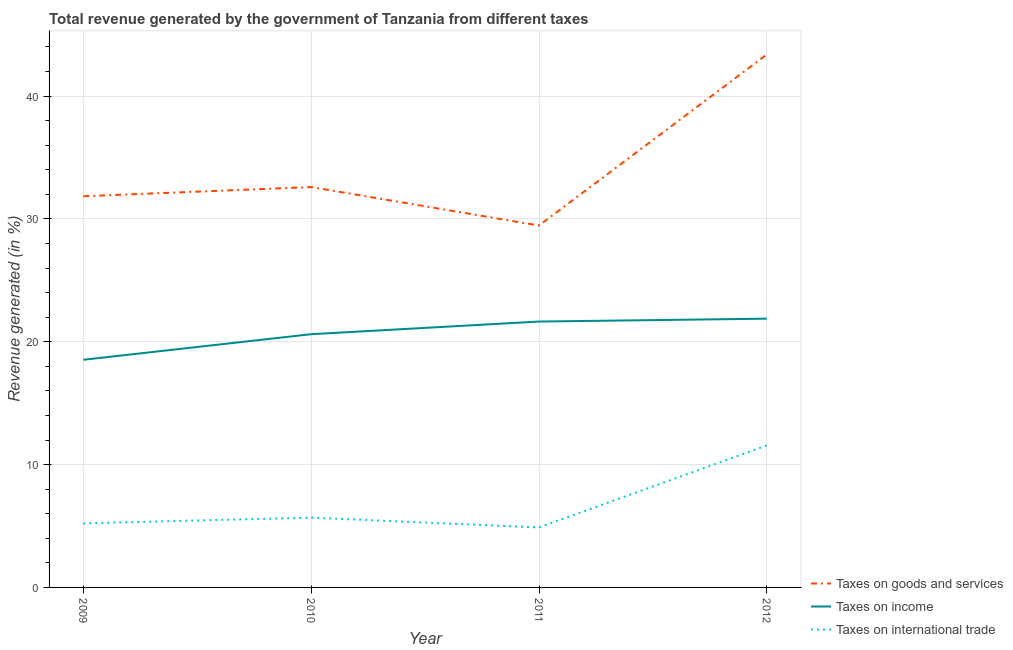
| Year | Taxes on goods and services | Taxes on income | Taxes on international trade |
 | --- | --- | --- | --- |
 | 2009 | 31.8 | 18.5 | 5.22 |
 | 2010 | 32.6 | 20.6 | 5.68 |
 | 2011 | 29.5 | 21.6 | 4.88 |
 | 2012 | 43.4 | 21.9 | 11.6 |